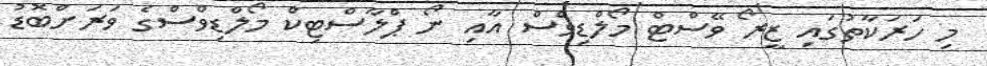
މި ހަރަކާތުގައި ޒީރޯ ވޭސްޓް މޯލްޑިވްސް އާއި ނޯ ޕްލާސްޓިކް މޯލްޑިވްސްގެ ވަރަށްބޮޑު